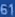
619